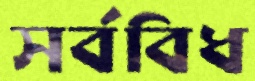
সর্ববিধ